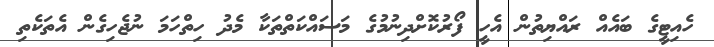
ހެއިޓީގެ ބައެއް ރައްޔިތުން އެހީ ފޯރުކޮށްދިނުމުގެ މަސައްކަތްތަކާ މެދު ހިތްހަމަ ނުޖެހިގެން އެތަކެތި